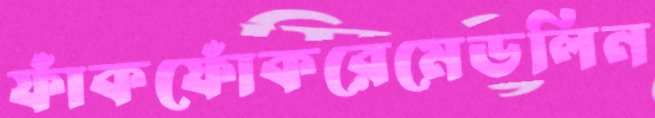
ফাঁকফোঁকরেমেডলিন